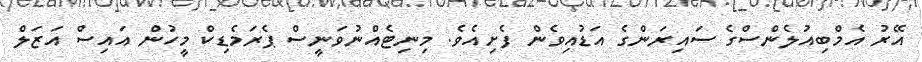
އޭރު އެމްބިއުލެންސްގެ ސައިރަންގެ އަޑުއިވެން ފެށިއެވެ. މިނިޓެއްނުވަނީސް ޕެރަމެޑިކް މީހުން އައިސް އަޒަލް